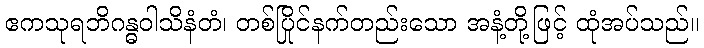
ဧကသုရဘိဂန္ဓဝါသိနံတံ၊ တစ်ပြိုင်နက်တည်းသော အနံ့တို့ဖြင့် ထုံအပ်သည်။